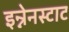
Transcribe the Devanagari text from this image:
इन्नेनस्टाट